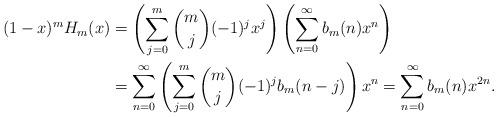
LaTeX: \begin{align*}(1-x)^{m}H_{m}(x)&=\left(\sum_{j=0}^{m}{m\choose j}(-1)^{j}x^{j}\right)\left(\sum_{n=0}^{\infty}b_{m}(n)x^{n}\right)\\ &=\sum_{n=0}^{\infty}\left(\sum_{j=0}^{m}{m\choose j}(-1)^{j}b_{m}(n-j)\right)x^{n}=\sum_{n=0}^{\infty}b_{m}(n)x^{2n}.\end{align*}